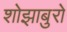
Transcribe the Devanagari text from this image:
शोझाबुरो